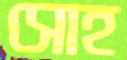
সোহ